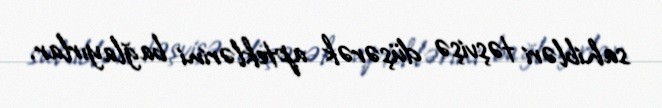
sahibləri təşvişə düşərək apteklərini bağlayırlar.